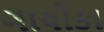
ગાયીકા